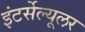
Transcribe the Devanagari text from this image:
इंटर्सेल्यूलर